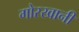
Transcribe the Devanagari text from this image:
गोरखानी